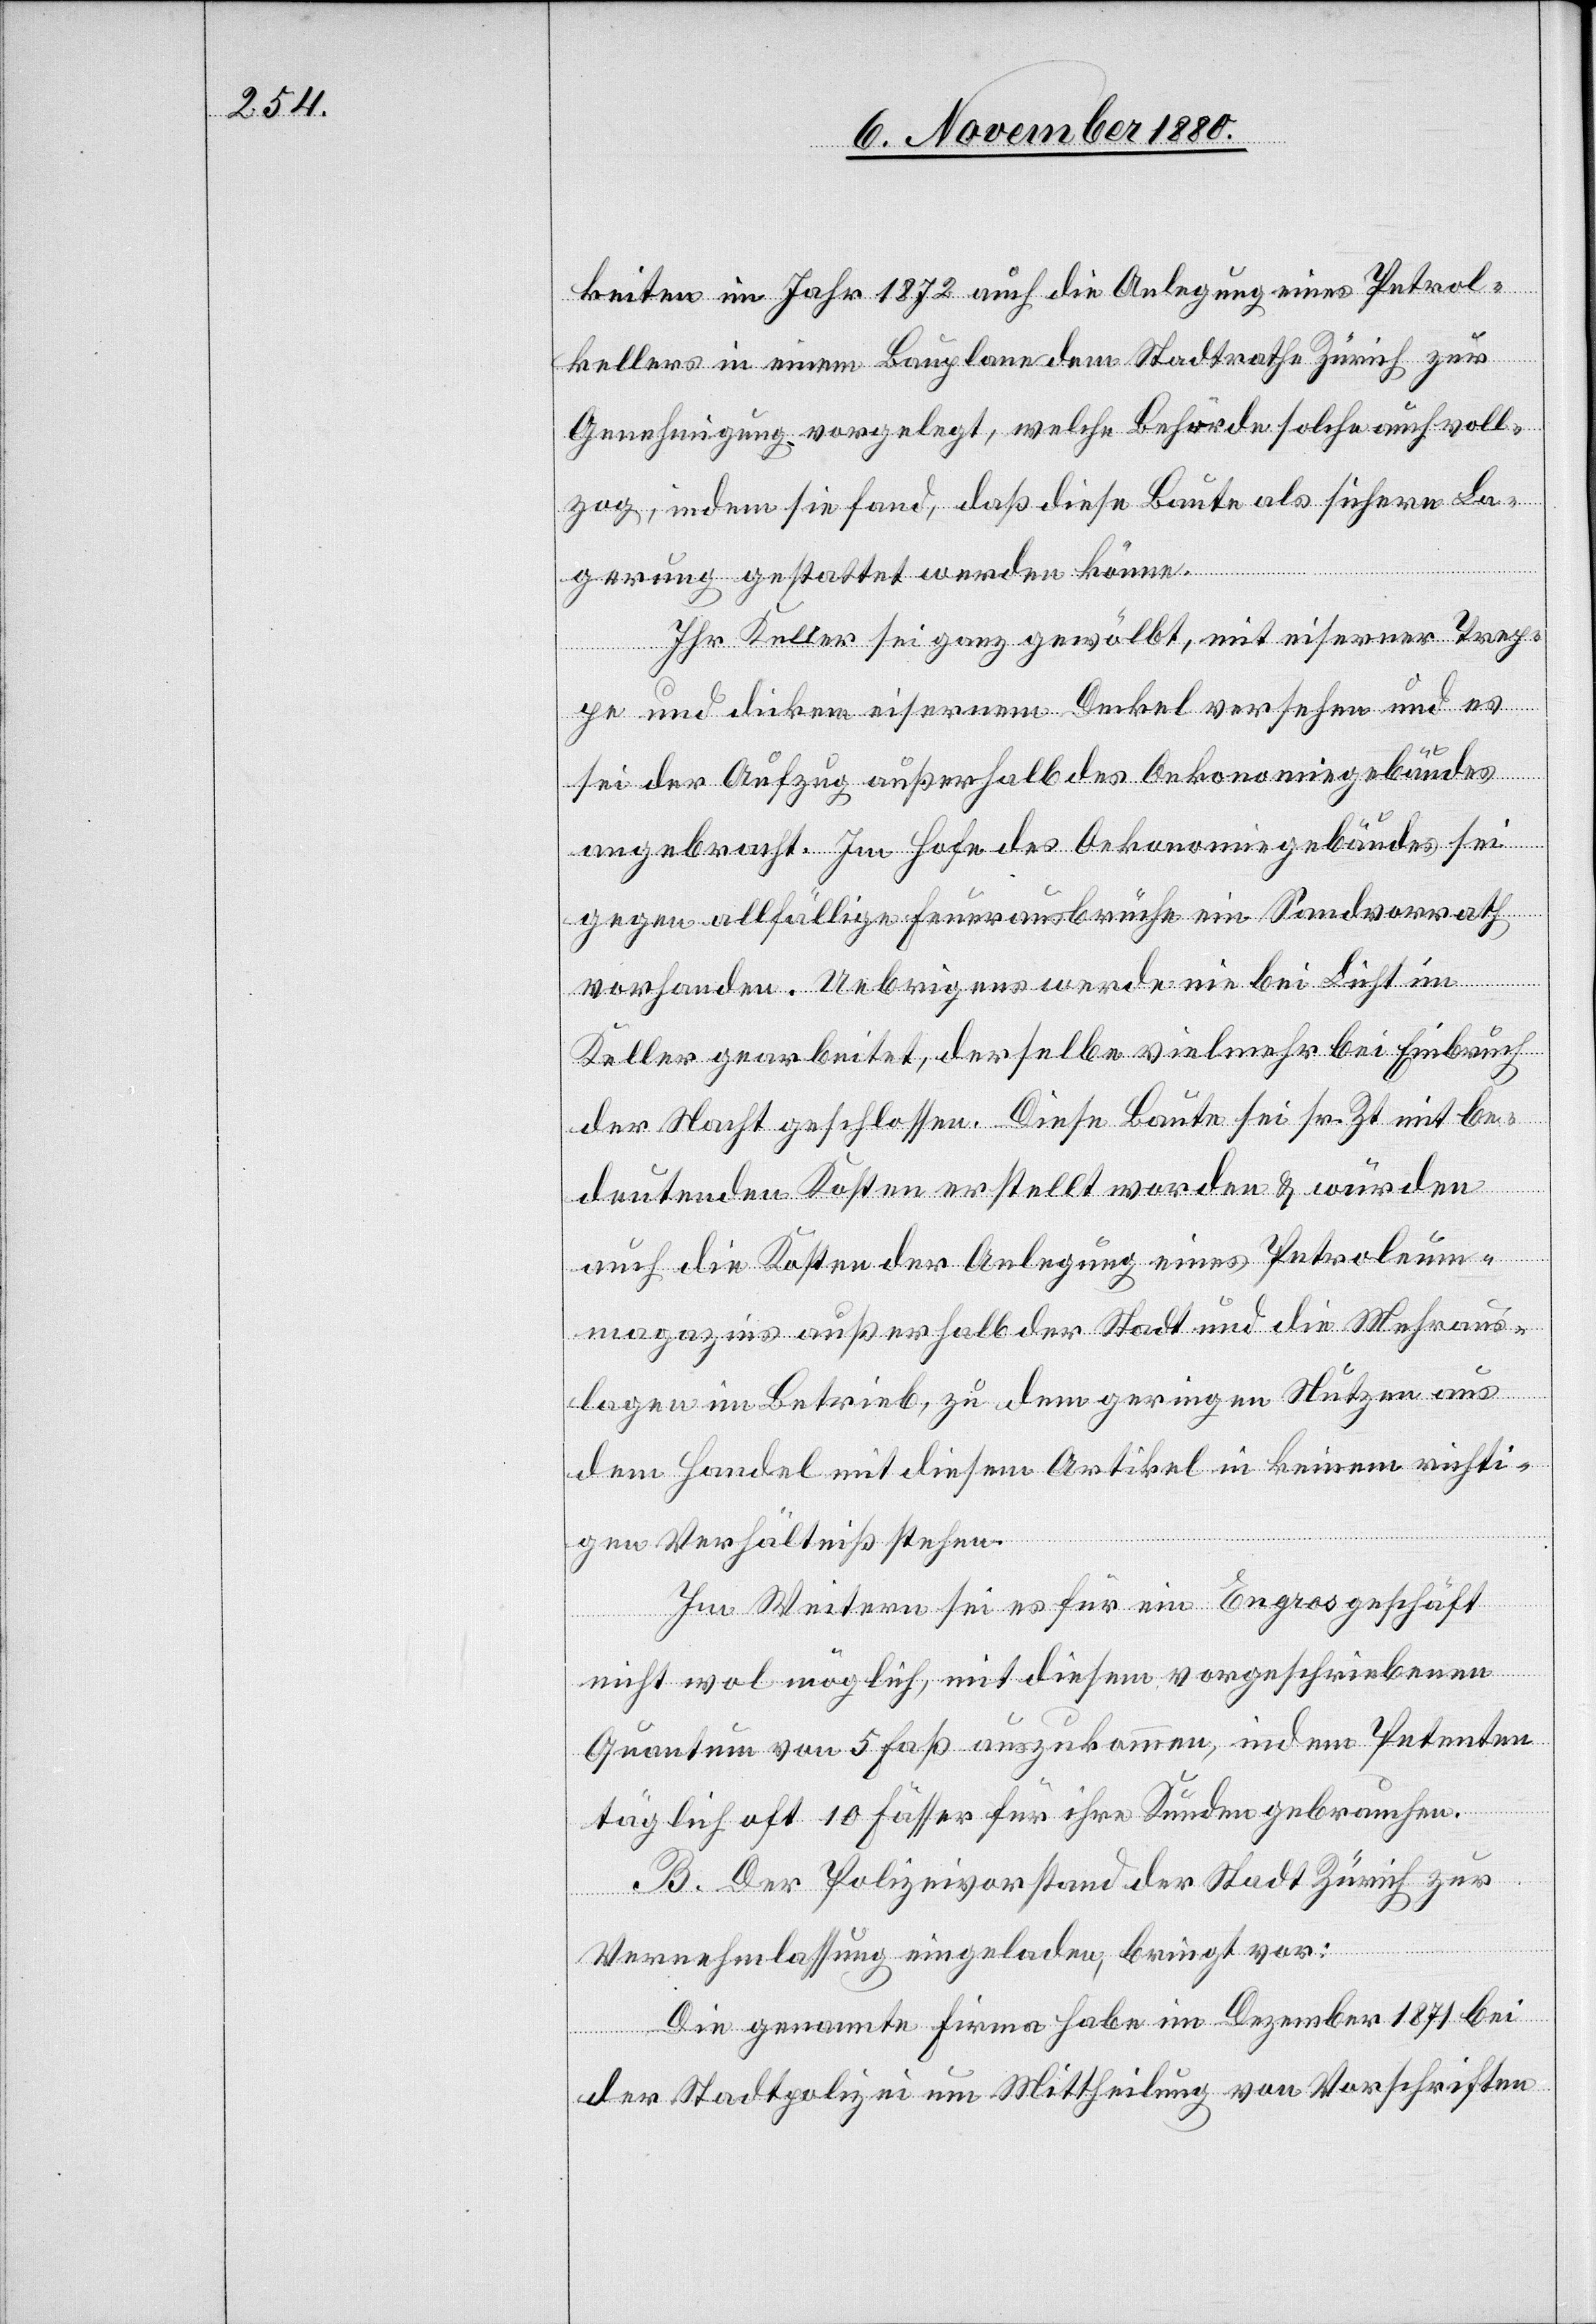
keiten im Jahr 1872 auch die Anlegung eines Petrol¬
kellers in einem Bauplane dem Stadtrathe Zürich zur
Genehmigung vorgelegt, welche Behörde solche auch voll¬
zog, indem sie fand, daß diese Baute als sichere La¬
gerung gestattet werden könne.
Ihr Keller sei ganz gewölbt, mit eiserner Trep¬
pe und dickem eisernem Deckel versehen und es
sei der Aufzug außerhalb des Oekonomiegebäudes
angebracht. Im Hofe des Oekonomiegebäudes sei
gegen allfällige Feuerausbrüche ein Sandvorrath
vorhanden. Uebrigens werde nie bei Licht im
Keller gearbeitet, derselbe vielmehr bei Einbruch
der Nacht geschlossen. Diese Baute sei sr. Zt. mit be¬
deutenden Kosten erstellt worden & würden
auch die Kosten der Anlegung eins Petroleum¬
magazins außerhalb der Stadt und die Mehraus¬
lagen im Betrieb, zu dem geringen Nutzen aus
dem Handel mit diesem Artikel in keinem richti¬
gen Verhältniß stehen.
Im Weitern sie es für ein Engrosgeschäft
nicht wol möglich, mit diesem vorgeschriebenen
Quantum von 5 Faß auskommen, indem Petenten
täglich oft 10 Fäßer für ihre Kunden gebrauchen.
B. Der Polizeivorstand der Stadt Zürich zur
Vernehmlassung eingeladen, bringt vor:
Die genannte Firma habe im Dezember 1872 bei
der Stadtpolizei um Mittheilung von Vorschriften